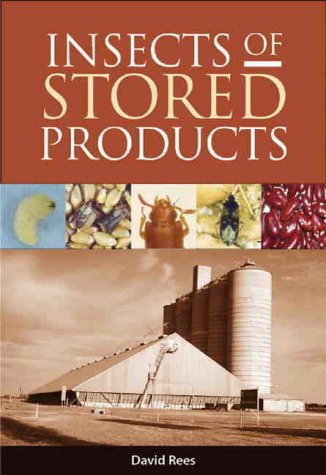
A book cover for Insects of Stored Products; David Rees; Science & Math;